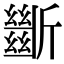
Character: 𣃔